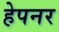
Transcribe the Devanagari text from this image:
हेपनर